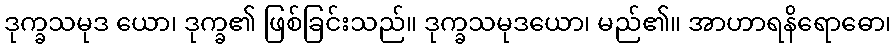
ဒုက္ခသမုဒ ယော၊ ဒုက္ခ၏ ဖြစ်ခြင်းသည်။ ဒုက္ခသမုဒယော၊ မည်၏။ အာဟာရနိရောဓော၊